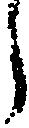
う